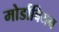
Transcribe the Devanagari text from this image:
मोर्डाबियन